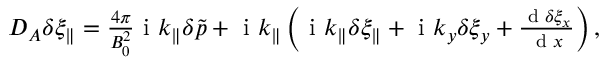
\begin{array} { r } { D _ { A } \delta \xi _ { \parallel } = \frac { 4 \pi } { B _ { 0 } ^ { 2 } } \mathrm { ~ i ~ } k _ { \parallel } \delta \tilde { p } + \mathrm { ~ i ~ } k _ { \parallel } \left( \mathrm { ~ i ~ } k _ { \parallel } \delta \xi _ { \parallel } + \mathrm { ~ i ~ } k _ { y } \delta \xi _ { y } + \frac { \textrm { d } \delta \xi _ { x } } { \textrm { d } x } \right) , } \end{array}